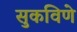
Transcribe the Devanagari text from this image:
सुकविणे